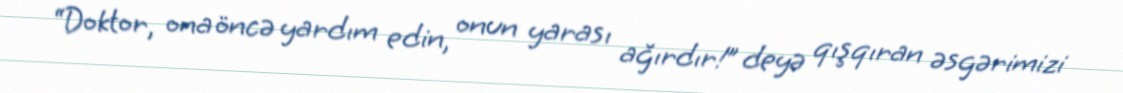
“Doktor, ona öncə yardım edin, onun yarası ağırdır!” deyə qışqıran əsgərimizi